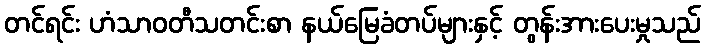
တင်ရင်း ဟံသာဝတီသတင်းစာ နယ်မြေခံတပ်များနှင့် တွန်းအားပေးမှုသည်